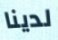
لدينا